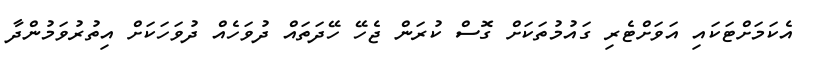
އެކަމަށްޓަކައި އަވަށްޓެރި ގައުމުތަކަށް ގޮސް ކުރަން ޖެހޭ ހޭދަތައް ދުވަހެއް ދުވަހަކަށް އިތުރުވަމުންދާ